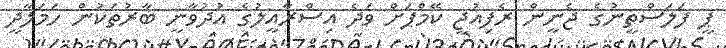
ޕީ ފަލަސްތީނުގެ ޖެނީން ރެފިއުޖީ ކޭމްޕަށް ވަދެ އިސްރާއީލުގެ އުދުވާނީ ބާރުތަކުން ހަމަލާދީ